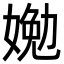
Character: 㛯